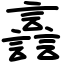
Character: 譶